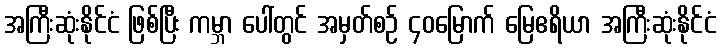
အကြီးဆုံးနိုင်ငံ ဖြစ်ပြီး ကမ္ဘာ ပေါ်တွင် အမှတ်စဉ် ၄၀မြောက် မြေဧရိယာ အကြီးဆုံးနိုင်ငံ